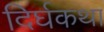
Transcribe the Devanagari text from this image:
दिर्घकथा